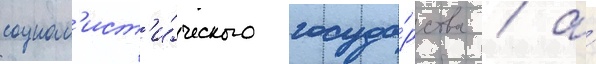
социал'ист'и́ческого госуда́рства / а́